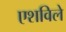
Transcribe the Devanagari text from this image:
एशविले